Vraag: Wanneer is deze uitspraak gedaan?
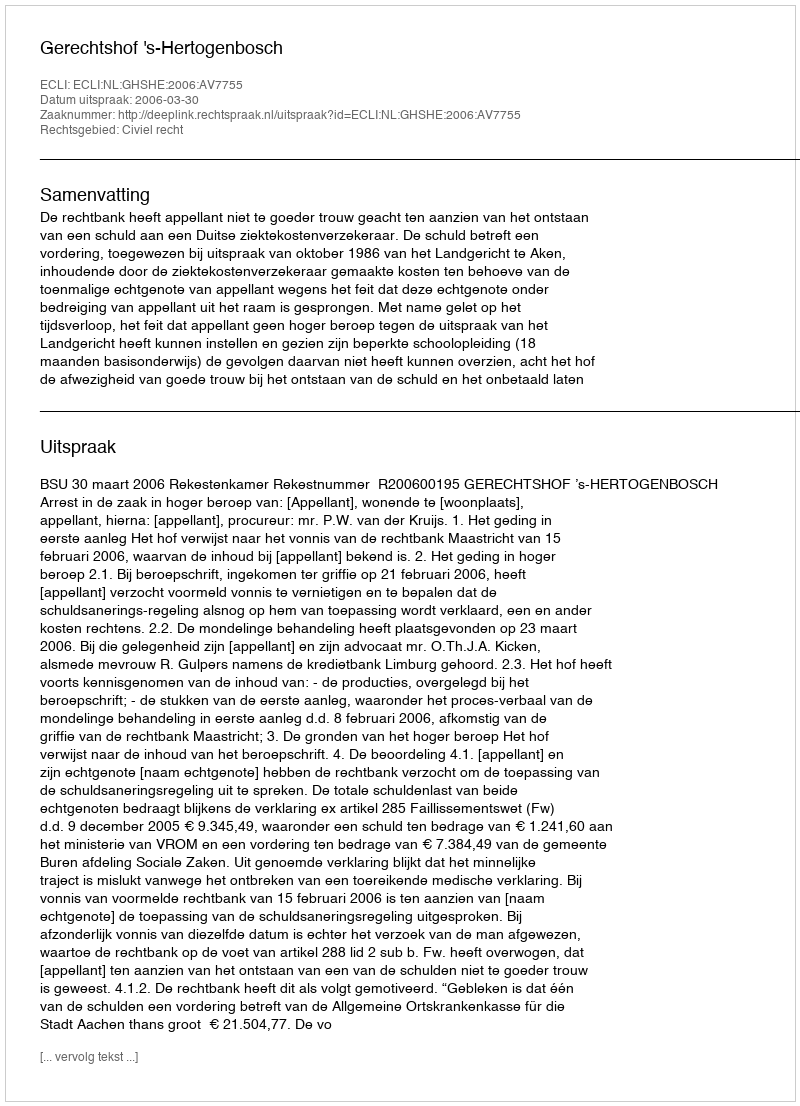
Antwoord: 2006-03-30